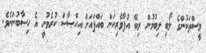
މީސްތަކުންގެ ލޯބި ލިބުމުން ލިބޭ އުފާވެރިކަން ބައްޕައަށް އިހްޞާޞް ކުރެވުނީ އެ ހިސާބުންނެވެ.